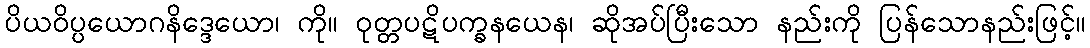
ပိယဝိပ္ပယောဂနိဒ္ဒေယော၊ ကို။ ဝုတ္တပဋိပက္ခနယေန၊ ဆိုအပ်ပြီးသော နည်းကို ပြန်သောနည်းဖြင့်။